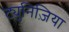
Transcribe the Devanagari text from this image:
ट्युनिज़िया